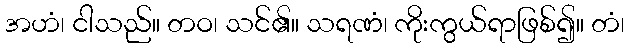
အဟံ၊ ငါသည်။ တဝ၊ သင်၏။ သရဏံ၊ ကိုးကွယ်ရာဖြစ်၍။ တံ၊